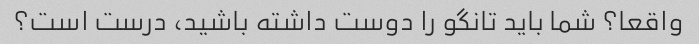
واقعا؟ شما باید تانگو را دوست داشته باشید، درست است؟